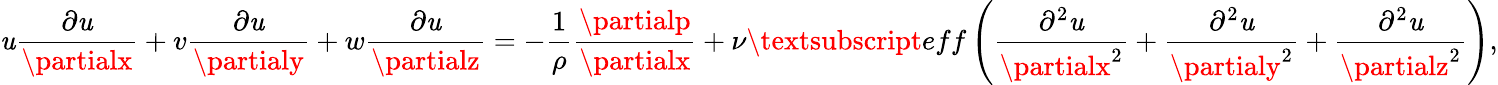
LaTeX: \mathit{u}\frac{{\partial\mathit{u}}}{{\partialx}}+v\frac{{\partial\mathit{u}}}{{\partialy}}+w\frac{{\partial\mathit{u}}}{{\partialz}}=-\frac{{1}}{{\rho}}\frac{{\partialp}}{{\partialx}}+\nu\textsubscript{eff}\left(\frac{{\partial^{2}\mathit{u}}}{{\partialx^{2}}}+\frac{{\partial^{2}\mathit{u}}}{{\partialy^{2}}}+\frac{{\partial^{2}\mathit{u}}}{{\partialz^{2}}}\right),